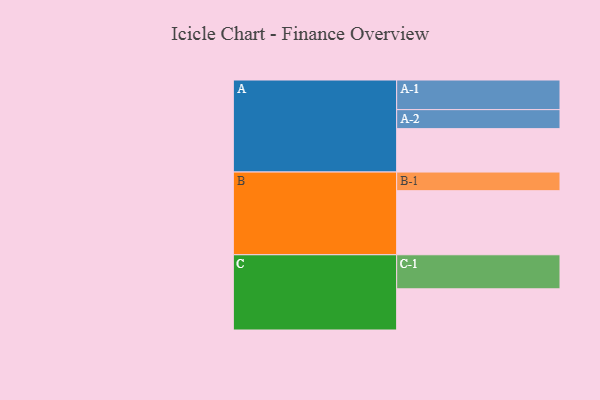
{"axis": {"x": "Segment", "y": "Value"}, "legend": ["", "A", "B", "C"], "data": [{"x": "A", "y": 372, "type": ""}, {"x": "B", "y": 549, "type": ""}, {"x": "C", "y": 353, "type": ""}, {"x": "A-1", "y": 254, "type": "A"}, {"x": "A-2", "y": 163, "type": "A"}, {"x": "B-1", "y": 160, "type": "B"}, {"x": "C-1", "y": 292, "type": "C"}]}